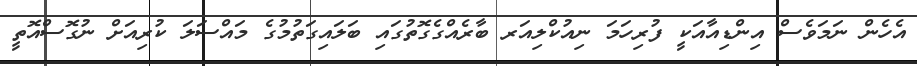
އެހެން ނަމަވެސް އިންޑިއާއަކީ ފުރިހަމަ ނިއުކްލިއަރ ބާރެއްގެގޮތުގައި ބަލައިގަތުމުގެ މައްސަލަ ކުރިއަށް ނުގޮސްއޮތީ